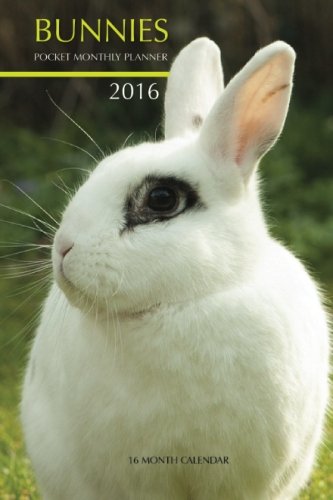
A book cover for Bunnies Pocket Monthly Planner 2016: 16 Month Calendar; Jack Smith; Calendars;